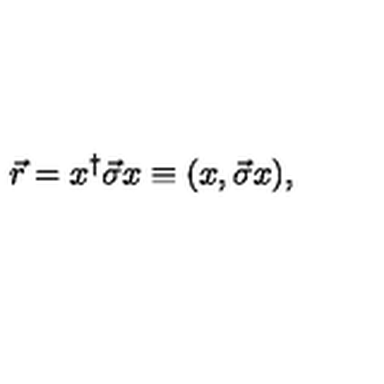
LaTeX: \vec { r } = x ^ { \dagger } \vec { \sigma } x \equiv ( x , \vec { \sigma } x ) ,